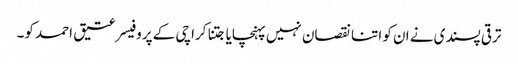
ترقی پسندی نے ان کو اتنا نقصان نہیں پہنچایا جتنا کراچی کے پروفیسر عتیق احمد کو۔